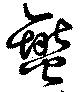
変